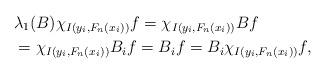
LaTeX: \begin{align*}&\lambda_1(B)\chi_{I(y_i, F_n(x_i))}f=\chi_{I(y_i, F_n(x_i))}Bf\\ &=\chi_{I(y_i, F_n(x_i))}B_if=B_if=B_i\chi_{I(y_i, F_n(x_i))}f, \end{align*}